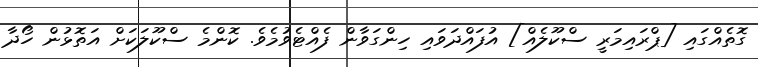
ގޮތެއްގައި [ޕްރައިމަރީ ސްކޫލެއް] އުފައްދަވައި ހިންގަވާން ފެއްޓެވުމެވެ. ކޮންމެ ސްކޫލަކަށް އަތޮޅުން ހޯދާ